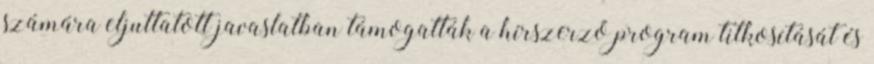
számára eljuttatott javaslatban támogatták a hírszerző program titkosítását és